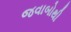
જવાબોથી